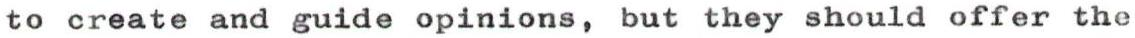
to create and guide opinions, but they should offer the